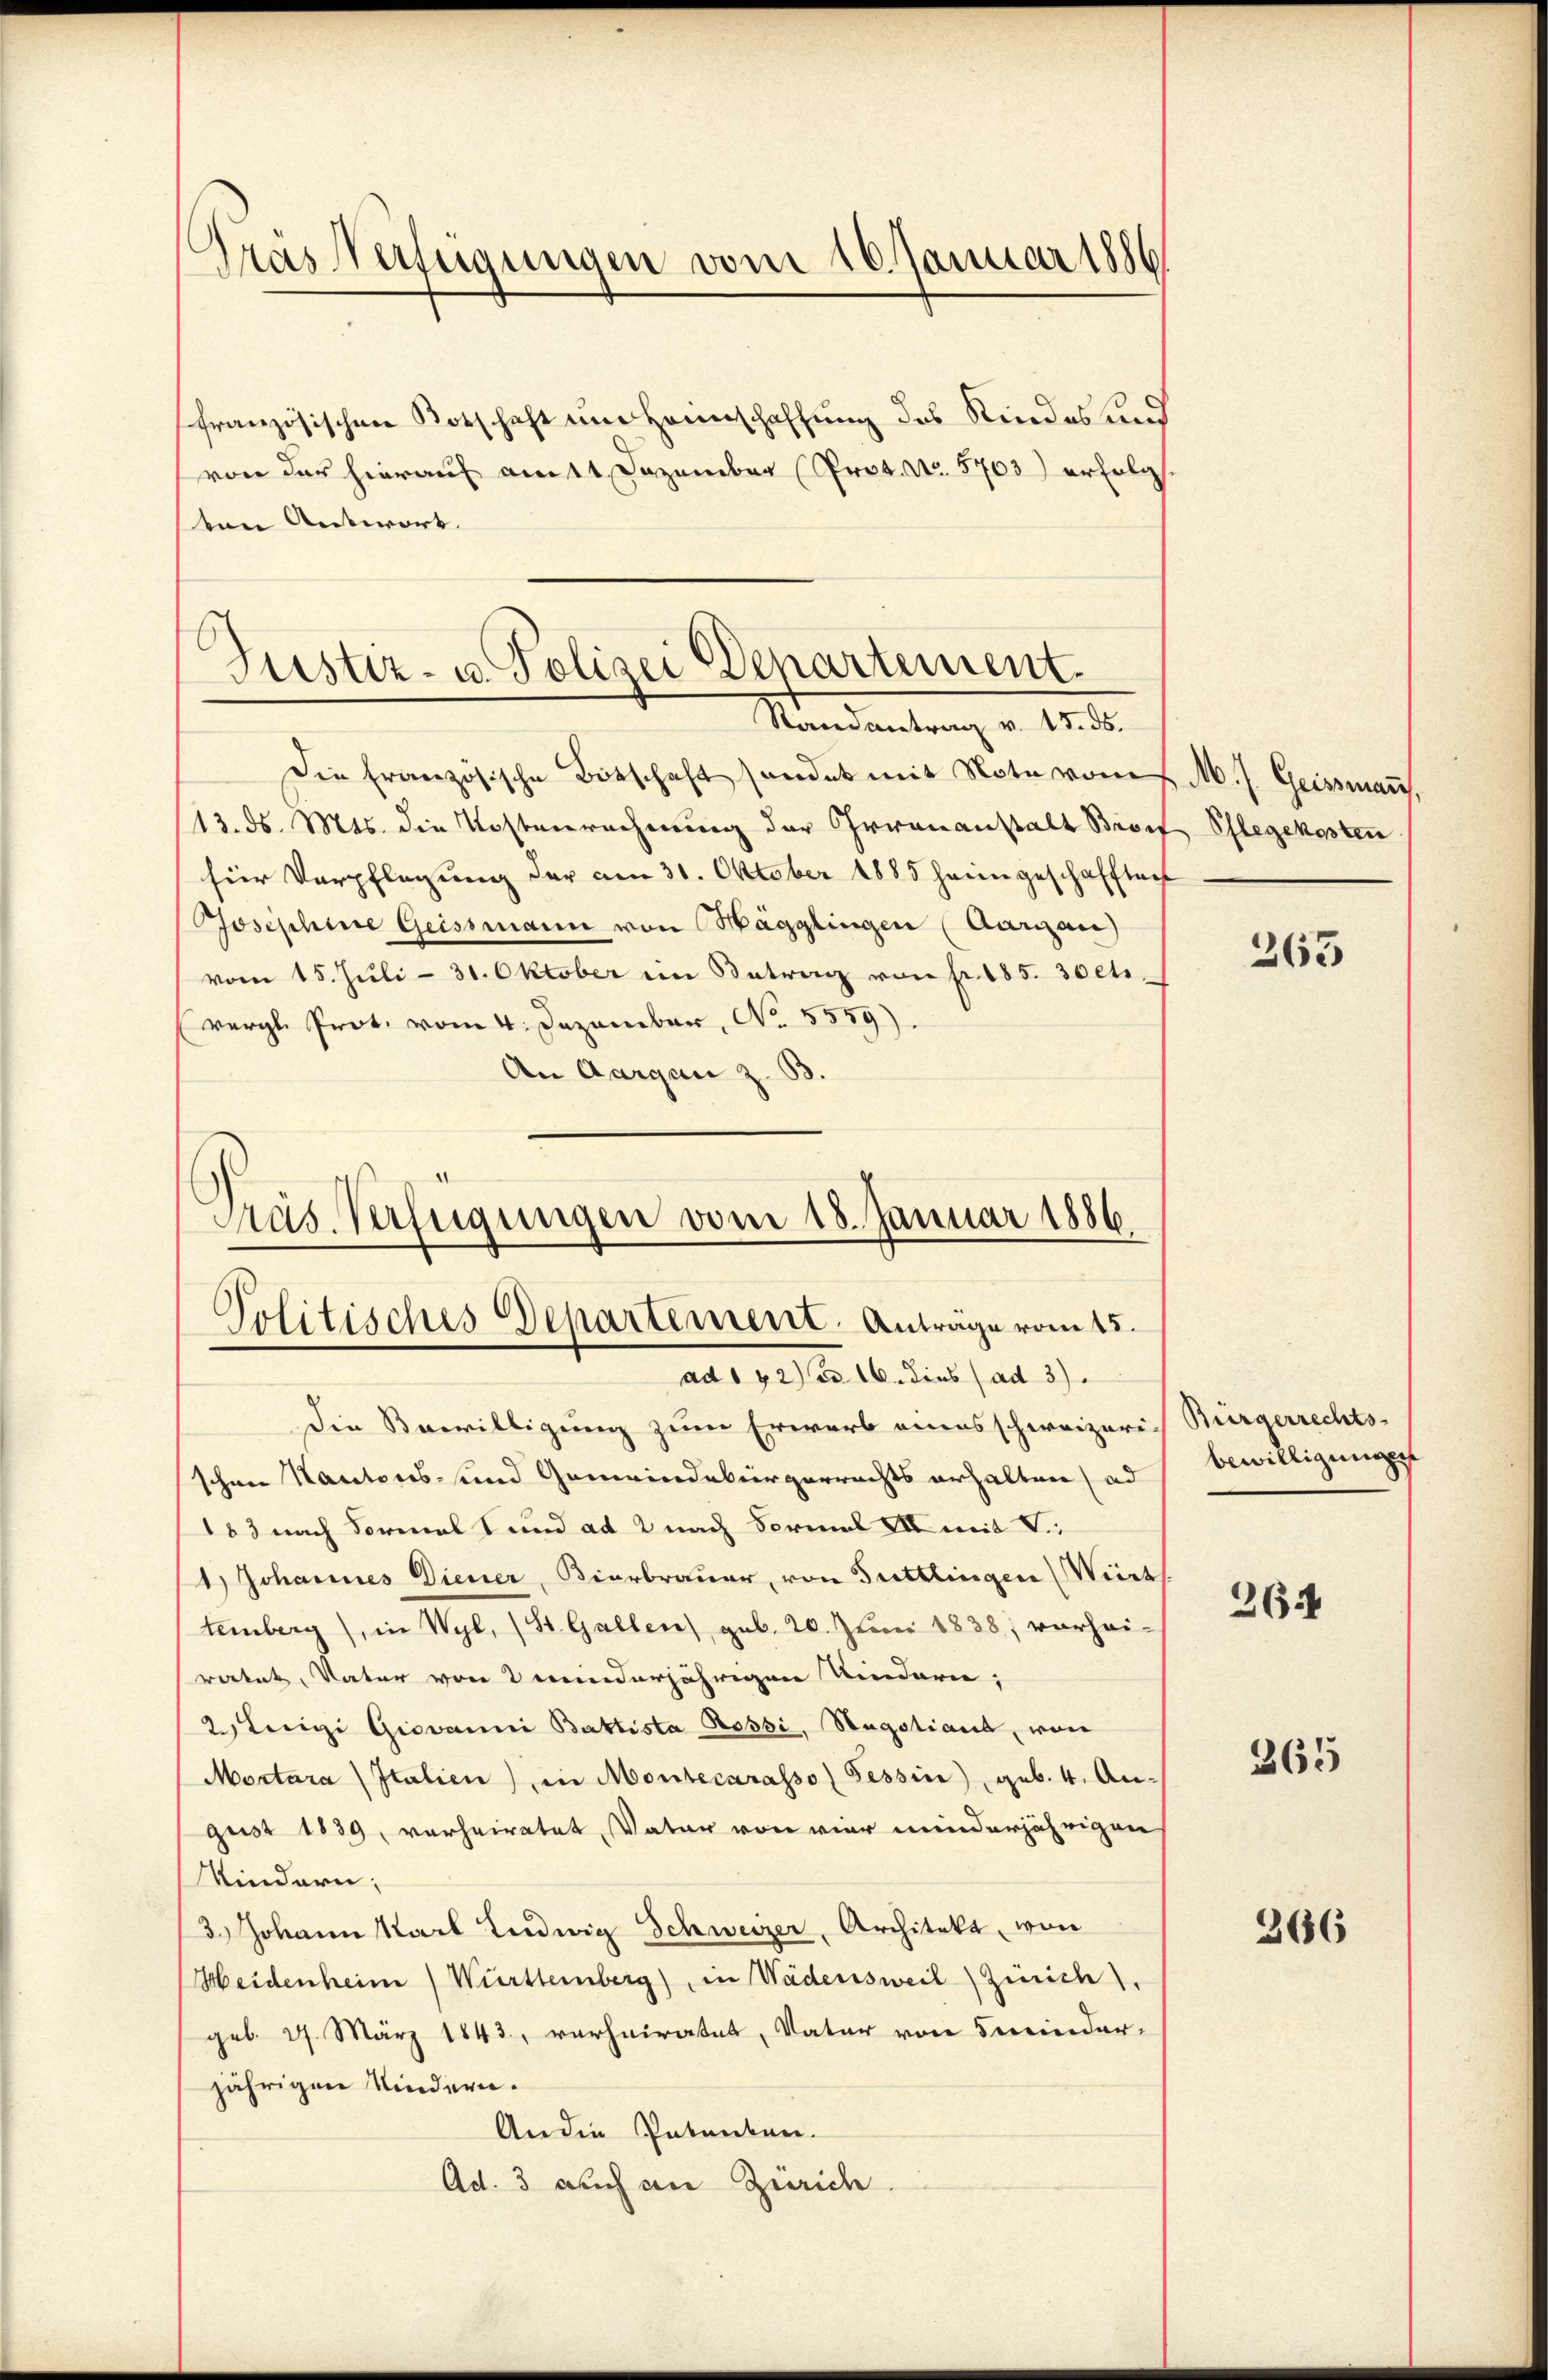
Träs Verfügungen vom 16. Januar 1886

französischen Totschaft um Heimschaffung des Kindes und
von der hierauf am 11 Dezember (Prot. No. 5703) erfolg
ten Antwort. |

Justiz- u. Polizei Departement.
Randantrag v. 15. ds.

Die französische Botschaft sonder mit Note vom / M. h. Geissman,
13. ds. Mts. die Kostenrechnung der Irrenanstalt Broif Pflegekosten
für Verpflegung der am 31. Oktober 1885 heimgeschafften
Josephine Geissmann von Mägglingen (Aarizau)
vom 15. Jŭli - 31. Oktober ein Betrag von fr. 185. 30etivergl. Prot. vom 4. Dezember, No. 5559).
An Aargau z. 33.

Präs. Verfügungen vom 18. Januar 1886.
Politisches Departement. Anträge vom 15.

ad 172) ad 16. dies (ad 3).
Die Bewilligung zum Erwarb eines schweizeris Bürgerrechts-
schen Kantons- und Gemeindebürgerrechts erhalten ad bewilligung
183 nach Formals und ad 2 nach Formal XII mit V
1) Johannes Diener, Bierbrauer, von Tuttlingen Wirt
temberg), in Wyl, (St. Gallen) geb. 20. Juni 1838, vorhei-
ratet, Vater von meinderjährigen Kindern;
2 Luigi Giovanni Battista Rossi, Hagstiant, von
Mortara Italien) in Montecarasso Tessin, geb. 4. An-
gust 1839, verheiratet, Vater von vier minderjährigen
Kindern;
3.) Johann Karl Ludwig Schweizer, Architekt, von
Heidenheim) Württemberg), in Wädensweil (Zürich),
geb. 27. März 1843, verheiratet, Vater von meinder-
jährigen Kindern.
Anden Patenten.
Ad. 3 auch an Zürich

363

264

365

366